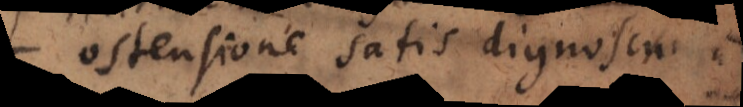
ostensione satis dignoscuntur